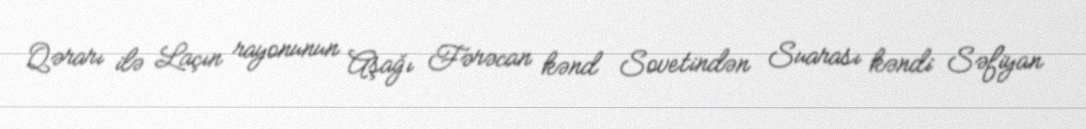
Qərarı ilə Laçın rayonunun Aşağı Fərəcan kənd Sovetindən Suarası kəndi Səfiyan